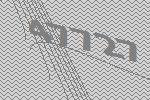
47727